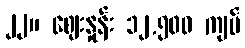
၂၂။ ဈေးနှုန်း ၁၂,၅၀၀ ကျပ်